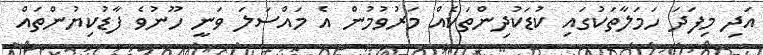
އަދި މިފަދަ ހަމަލާތަކުގައި ކުޑަކުދިންތަކެއް މަރުވުމުން އެ މައްސަލަ ވަނީ ހޫނުވެ ފާޑުކިޔުންތައް